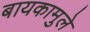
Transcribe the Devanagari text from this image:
बायकामुले